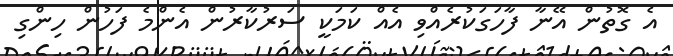
އެ ގޮތުން އޭނާ ފާހަގަކުރެއްވި އެއް ކަމަކީ ސަރުކާރުން އެންމެ ފަހުން ހިންގި